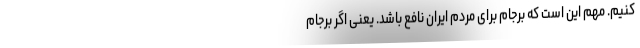
کنیم. مهم این است که برجام برای مردم ایران نافع باشد. یعنی اگر برجام